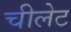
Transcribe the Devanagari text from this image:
चीलेट